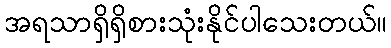
အရသာရှိရှိစားသုံးနိုင်ပါသေးတယ်။